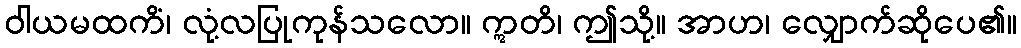
ဝါယမထကိံ၊ လုံ့လပြုကုန်သလော။ ဣတိ၊ ဤသို့။ အာဟ၊ လျှောက်ဆိုပေ၏။